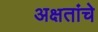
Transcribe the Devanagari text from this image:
अक्षतांचे